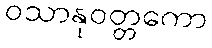
ဝသာနုဝတ္တကော